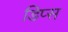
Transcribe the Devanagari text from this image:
डिप्स